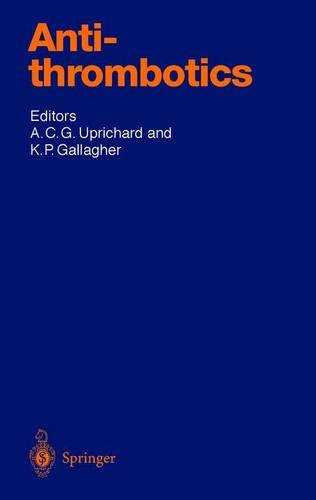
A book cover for Antithrombotics (Handbook of Experimental Pharmacology); Medical Books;